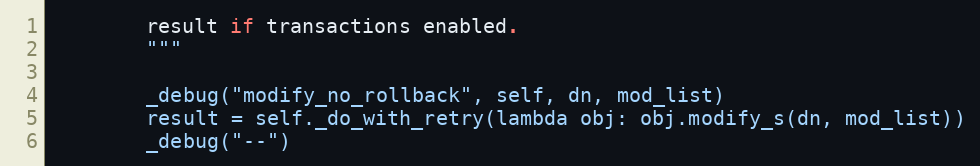
Language: Python
        result if transactions enabled.
        """

        _debug("modify_no_rollback", self, dn, mod_list)
        result = self._do_with_retry(lambda obj: obj.modify_s(dn, mod_list))
        _debug("--")